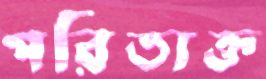
পরিত্যক্ত